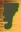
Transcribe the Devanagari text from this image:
ङ्गु